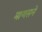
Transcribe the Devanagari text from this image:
माणसने